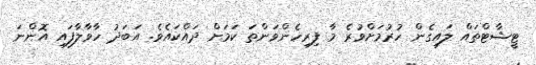
ޓީޝާޓްތައް ލައިގެން ހުރުމަށްވުރެ މާ ފިރިހެންވަންތަ ކަމަށް ދައްކައެވެ. އަބަދު ހާވާލާފައި އޮންނަ